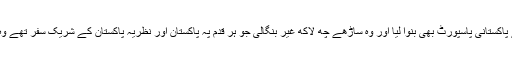
پاکستان میں پھیلی ہوئی رشوت کی لعنت کے سبب ان میںسے اکثر نے پاکستانی پاسپورٹ بھی بنوا لیا اور وہ ساڑھے چھ لاکھ غیر بنگالی جو ہر قدم پہ پاکستان اور نظریہ پاکستان کے شریک سفر تھے وہ بے کسی کے عالم میں پاکستان کی بے وفائی کا تماشہ دیکھتے رہے۔